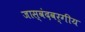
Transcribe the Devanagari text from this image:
जास्वंदवर्गीय